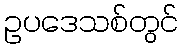
ဥပဒေသစ်တွင်